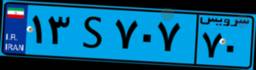
۱۳S۷۰۷۷۰